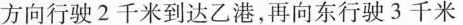
方向行驶2千米到达乙港，再向东行驶3千米